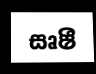
සෘෂී